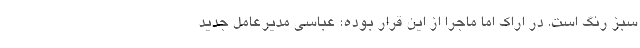
سبز رنگ است. در اراک اما ماجرا از این قرار بوده؛ عباسی مدیرعامل جدید